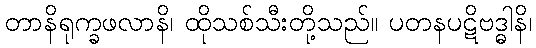
တာနိရုက္ခဖလာနိ၊ ထိုသစ်သီးတို့သည်။ ပတနပဋိဗဒ္ဓါနိ၊